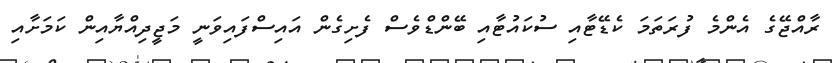
ރާއްޖޭގެ އެންމެ ފުރަތަމަ ކެޑޭޓާއި ސުކައުޓާއި ބޭންޑްވެސް ފެށިގެން އައިސްފައިވަނީ މަޖީދިއްޔާއިން ކަމަށާއި